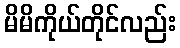
မိမိကိုယ်တိုင်လည်း